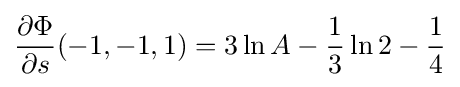
{\frac {\partial \Phi }{\partial s}}(-1,-1,1)=3\ln A-{\frac {1}{3}}\ln 2-{\frac {1}{4}}